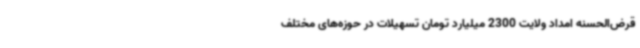
قرض‌الحسنه امداد ولایت 2300 میلیارد تومان تسهیلات در حوزه‌های مختلف